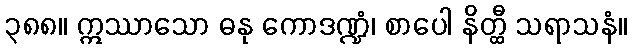
၃၈၈။ ဣဿာသော ဓနု ကောဒဏ္ဍံ၊ စာပေါ နိတ္ထီ သရာသနံ။